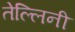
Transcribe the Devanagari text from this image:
तेल्लिनी